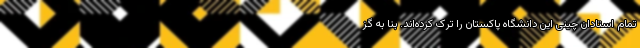
تمام استادان چینی‌ این دانشگاه پاکستان را ترک کرده‌اند. بنا به گز